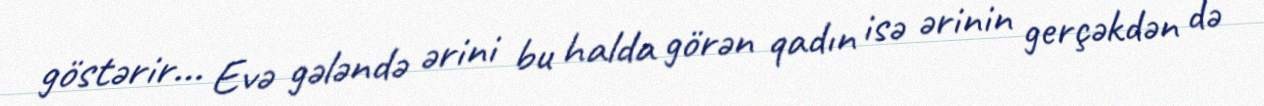
göstərir... Evə gələndə ərini bu halda görən qadın isə ərinin gerçəkdən də